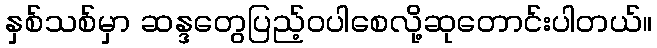
နှစ်သစ်မှာ ဆန္ဒတွေပြည့်ဝပါစေလို့ဆုတောင်းပါတယ်။